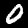
Digit: 0